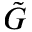
\Tilde { G }